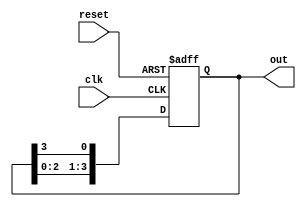
module ring_counter #(parameter N = 4) (
    input wire clk,        // Clock signal
    input wire reset,      // Reset signal
    output reg [N-1:0] out // Output of the ring counter
);

    // Internal variable to hold the current state of the ring counter
    reg [N-1:0] state;

    // Always block triggered on the rising edge of the clock or reset
    always @(posedge clk or posedge reset) begin
        if (reset) begin
            // Initialize the counter to the first state
            state <= 1'b1; // Set the first flip-flop to '1'
        end else begin
            // Shift the '1' to the next memory block in a circular manner
            state <= {state[N-2:0], state[N-1]}; // Shift left and wrap around
        end
    end

    // Assign the current state to the output
    always @(state) begin
        out <= state;
    end

endmodule